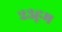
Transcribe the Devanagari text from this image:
२३हूम